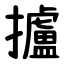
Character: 攎